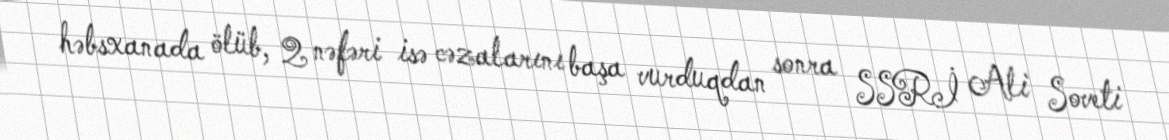
həbsxanada ölüb, 2 nəfəri isə cəzalarını başa vurduqdan sonra SSRİ Ali Soveti